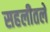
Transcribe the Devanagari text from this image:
सहलीतले